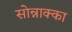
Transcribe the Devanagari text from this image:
सोन्नाक्का